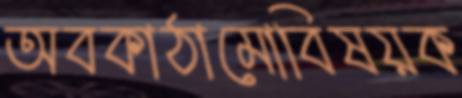
অবকাঠামোবিষয়ক